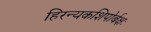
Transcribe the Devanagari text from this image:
हिरन्यकशिपोर्बक्षः